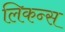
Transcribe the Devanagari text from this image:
लिकन्स